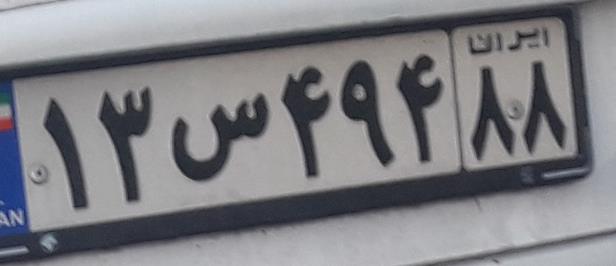
۱۳س۴۹۴۸۸